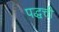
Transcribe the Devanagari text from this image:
पद्धत्ती